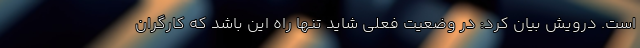
است. درویش بیان کرد: در وضعیت فعلی شاید تنها راه این باشد که کارگران